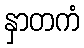
နှာတကံ